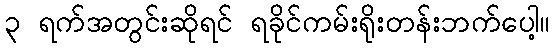
၃ ရက်အတွင်းဆိုရင် ရခိုင်ကမ်းရိုးတန်းဘက်ပေါ့။